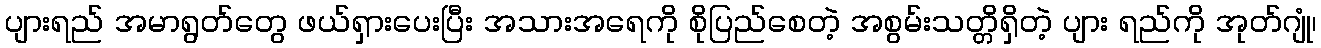
ပျားရည် အမာရွတ်တွေ ဖယ်ရှားပေးပြီး အသားအရေကို စိုပြည်စေတဲ့ အစွမ်းသတ္တိရှိတဲ့ ပျား ရည်ကို အုတ်ဂျုံ၊